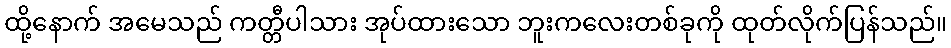
ထို့နောက် အမေသည် ကတ္တီပါသား အုပ်ထားသော ဘူးကလေးတစ်ခုကို ထုတ်လိုက်ပြန်သည်။